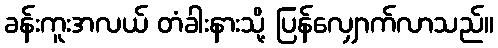
ခန်းကူးအလယ် တံခါးနားသို့ ပြန်လျှောက်လာသည်။